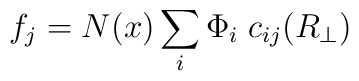
f_j= N(x)\sum_i \Phi_i \;c_{ij}(R_\perp)